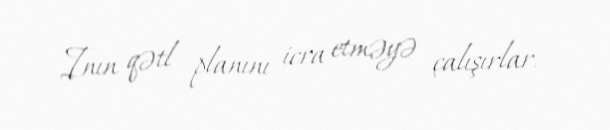
Inın qətl planını icra etməyə çalışırlar.